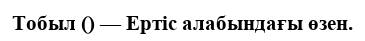
Тобыл () — Ертіс алабындағы өзен.